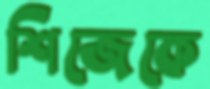
শিজেকে